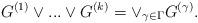
LaTeX: \begin{align*} G^{(1)}\vee ...\vee G^{(k)}=\vee_{\gamma\in\Gamma} G^{(\gamma)}.\end{align*}